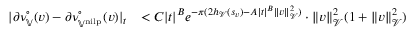
\begin{array} { r l } { | \partial \nu _ { \mathbb { V } } ^ { \circ } ( v ) - \partial \nu _ { \mathbb { V } ^ { \mathrm { n i l p } } } ^ { \circ } ( v ) | _ { t } } & { < C | t | ^ { B } e ^ { - \pi ( 2 h _ { \mathcal { V } } ( s _ { v } ) - A | t | ^ { B } \| v \| _ { \mathcal { V } } ^ { 2 } ) } \cdot \| v \| _ { \mathcal { V } } ^ { 2 } ( 1 + \| v \| _ { \mathcal { V } } ^ { 2 } ) } \end{array}